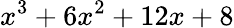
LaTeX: x^{3}+6x^{2}+12x+8